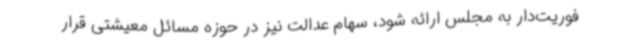
فوریت‌دار به مجلس ارائه شود، سهام عدالت نیز در حوزه مسائل معیشتی قرار